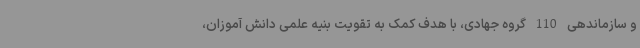
و سازماندهی 110 گروه جهادی، با هدف کمک به تقویت بنیه علمی دانش آموزان،